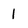
Character: 1